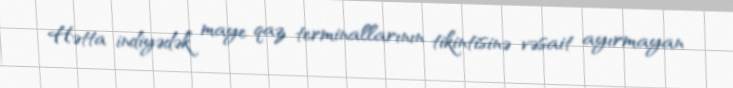
Hətta indiyədək maye qaz terminallarının tikintisinə vəsait ayırmayan